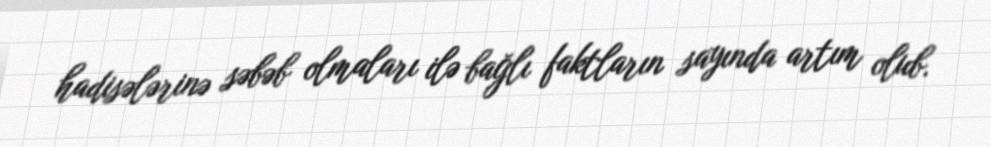
hadisələrinə səbəb olmaları ilə bağlı faktların sayında artım olub.